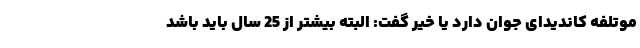
موتلفه کاندیدای جوان دارد یا خیر گفت: البته بیشتر از 25 سال باید باشد